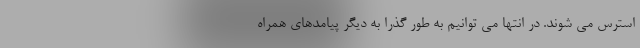
استرس می شوند. در انتها می توانیم به طور گذرا به دیگر پیامدهای همراه